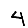
Digit: 4